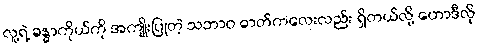
လူ့ရဲ့ ခန္ဓာကိုယ်ကို အကျိုးပြုတဲ့ သဘာဝ ဓာတ်ကလေးလည်း ရှိတယ်လို့ ဟောဒီလို